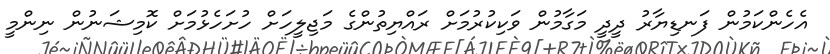
އެހެންކަމުން ފަނޑިޔާރު ދީދީ މަގާމުން ވަކިކުރުމަށް ރައްޔިތުންގެ މަޖިލީހަށް ހުށަހެޅުމަށް ކޮމިޝަނުން ނިންމީ